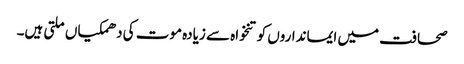
صحافت میں ایمانداروں کو تنخواہ سے زیادہ موت کی دھمکیاں ملتی ہیں۔